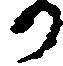
か